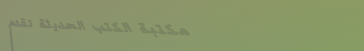
مكتبة الكتب الحديثة تقدم